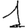
Digit: 1